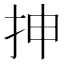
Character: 抻